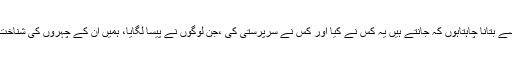
انہوں نے کہا کہ ایوان کے توسط سے بتانا چاہتاہوں کہ جانتے ہیں یہ کس نے کیا اور کس نے سرپرستی کی ،جن لوگوں نے پیسا لگایا، ہمیں ان کے چہروں کی شناخت ہے ہم ان کے نام بھی جانتے ہیں۔